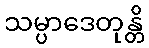
သမ္ပာဒေတုန္တိ